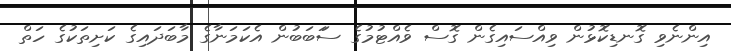
އިންނެވި ގޮނޑިކޮޅުން ވިއްސައިގެން ގޮސް ވެއްޓުމުގެ ސަަބަބުން އެކަމަނާގެ މާބަދައިގެ ކަށިތަކުގެ ހަތް